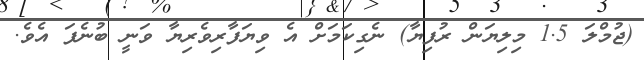
(ޖުމްލަ 1.5 މިލިޔަން ރުފިޔާ) ނެގިކަމަށް އެ ވިޔަފާރިވެރިޔާ ވަނީ ބުނެފަ އެވެ.